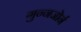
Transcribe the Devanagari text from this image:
गुन्नजोर्न